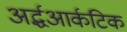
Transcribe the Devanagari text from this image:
अर्द्धआर्कटिक